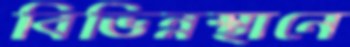
বিভিন্নস্থানে